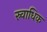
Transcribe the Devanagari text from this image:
स्र्वाधिक